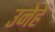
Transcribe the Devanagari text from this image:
उनेहें